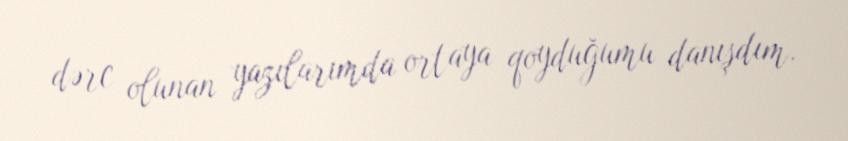
dərc olunan yazılarımda ortaya qoyduğumu danışdım.